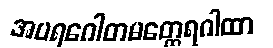
အပရဂေါတမတ္ထေရဂါထာ